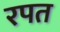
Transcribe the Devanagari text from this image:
रपत